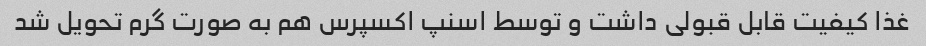
غذا کیفیت قابل قبولی داشت و توسط اسنپ اکسپرس هم به صورت گرم تحویل شد